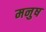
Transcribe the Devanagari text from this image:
मनुष